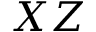
X Z